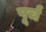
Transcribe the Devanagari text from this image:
पूर्च